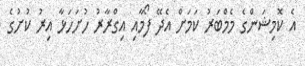
އެ ކޮމިޝަންގެ މެމްބަރު ކަމަށް އެެދޭ ފޯމާއި އިގްރާރު ހުށަހަޅާ އިރު ކުށުގެ